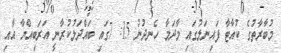
މުބާރާތުގެ ކުއާޓާ ފައިނަލުގައި މާދަމާ ހެނދުނު 15: 7ގައި ބައްދަލުކުރާނީ އަރަބިއްޔާ އާއި